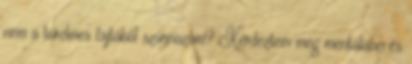
nem a türelmes fajtából származom? Kérdeztem meg mentálisan és